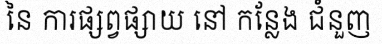
នៃ ការផ្សព្វផ្សាយ នៅ កន្លែង ជំនួញ